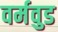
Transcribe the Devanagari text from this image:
वर्मवुड